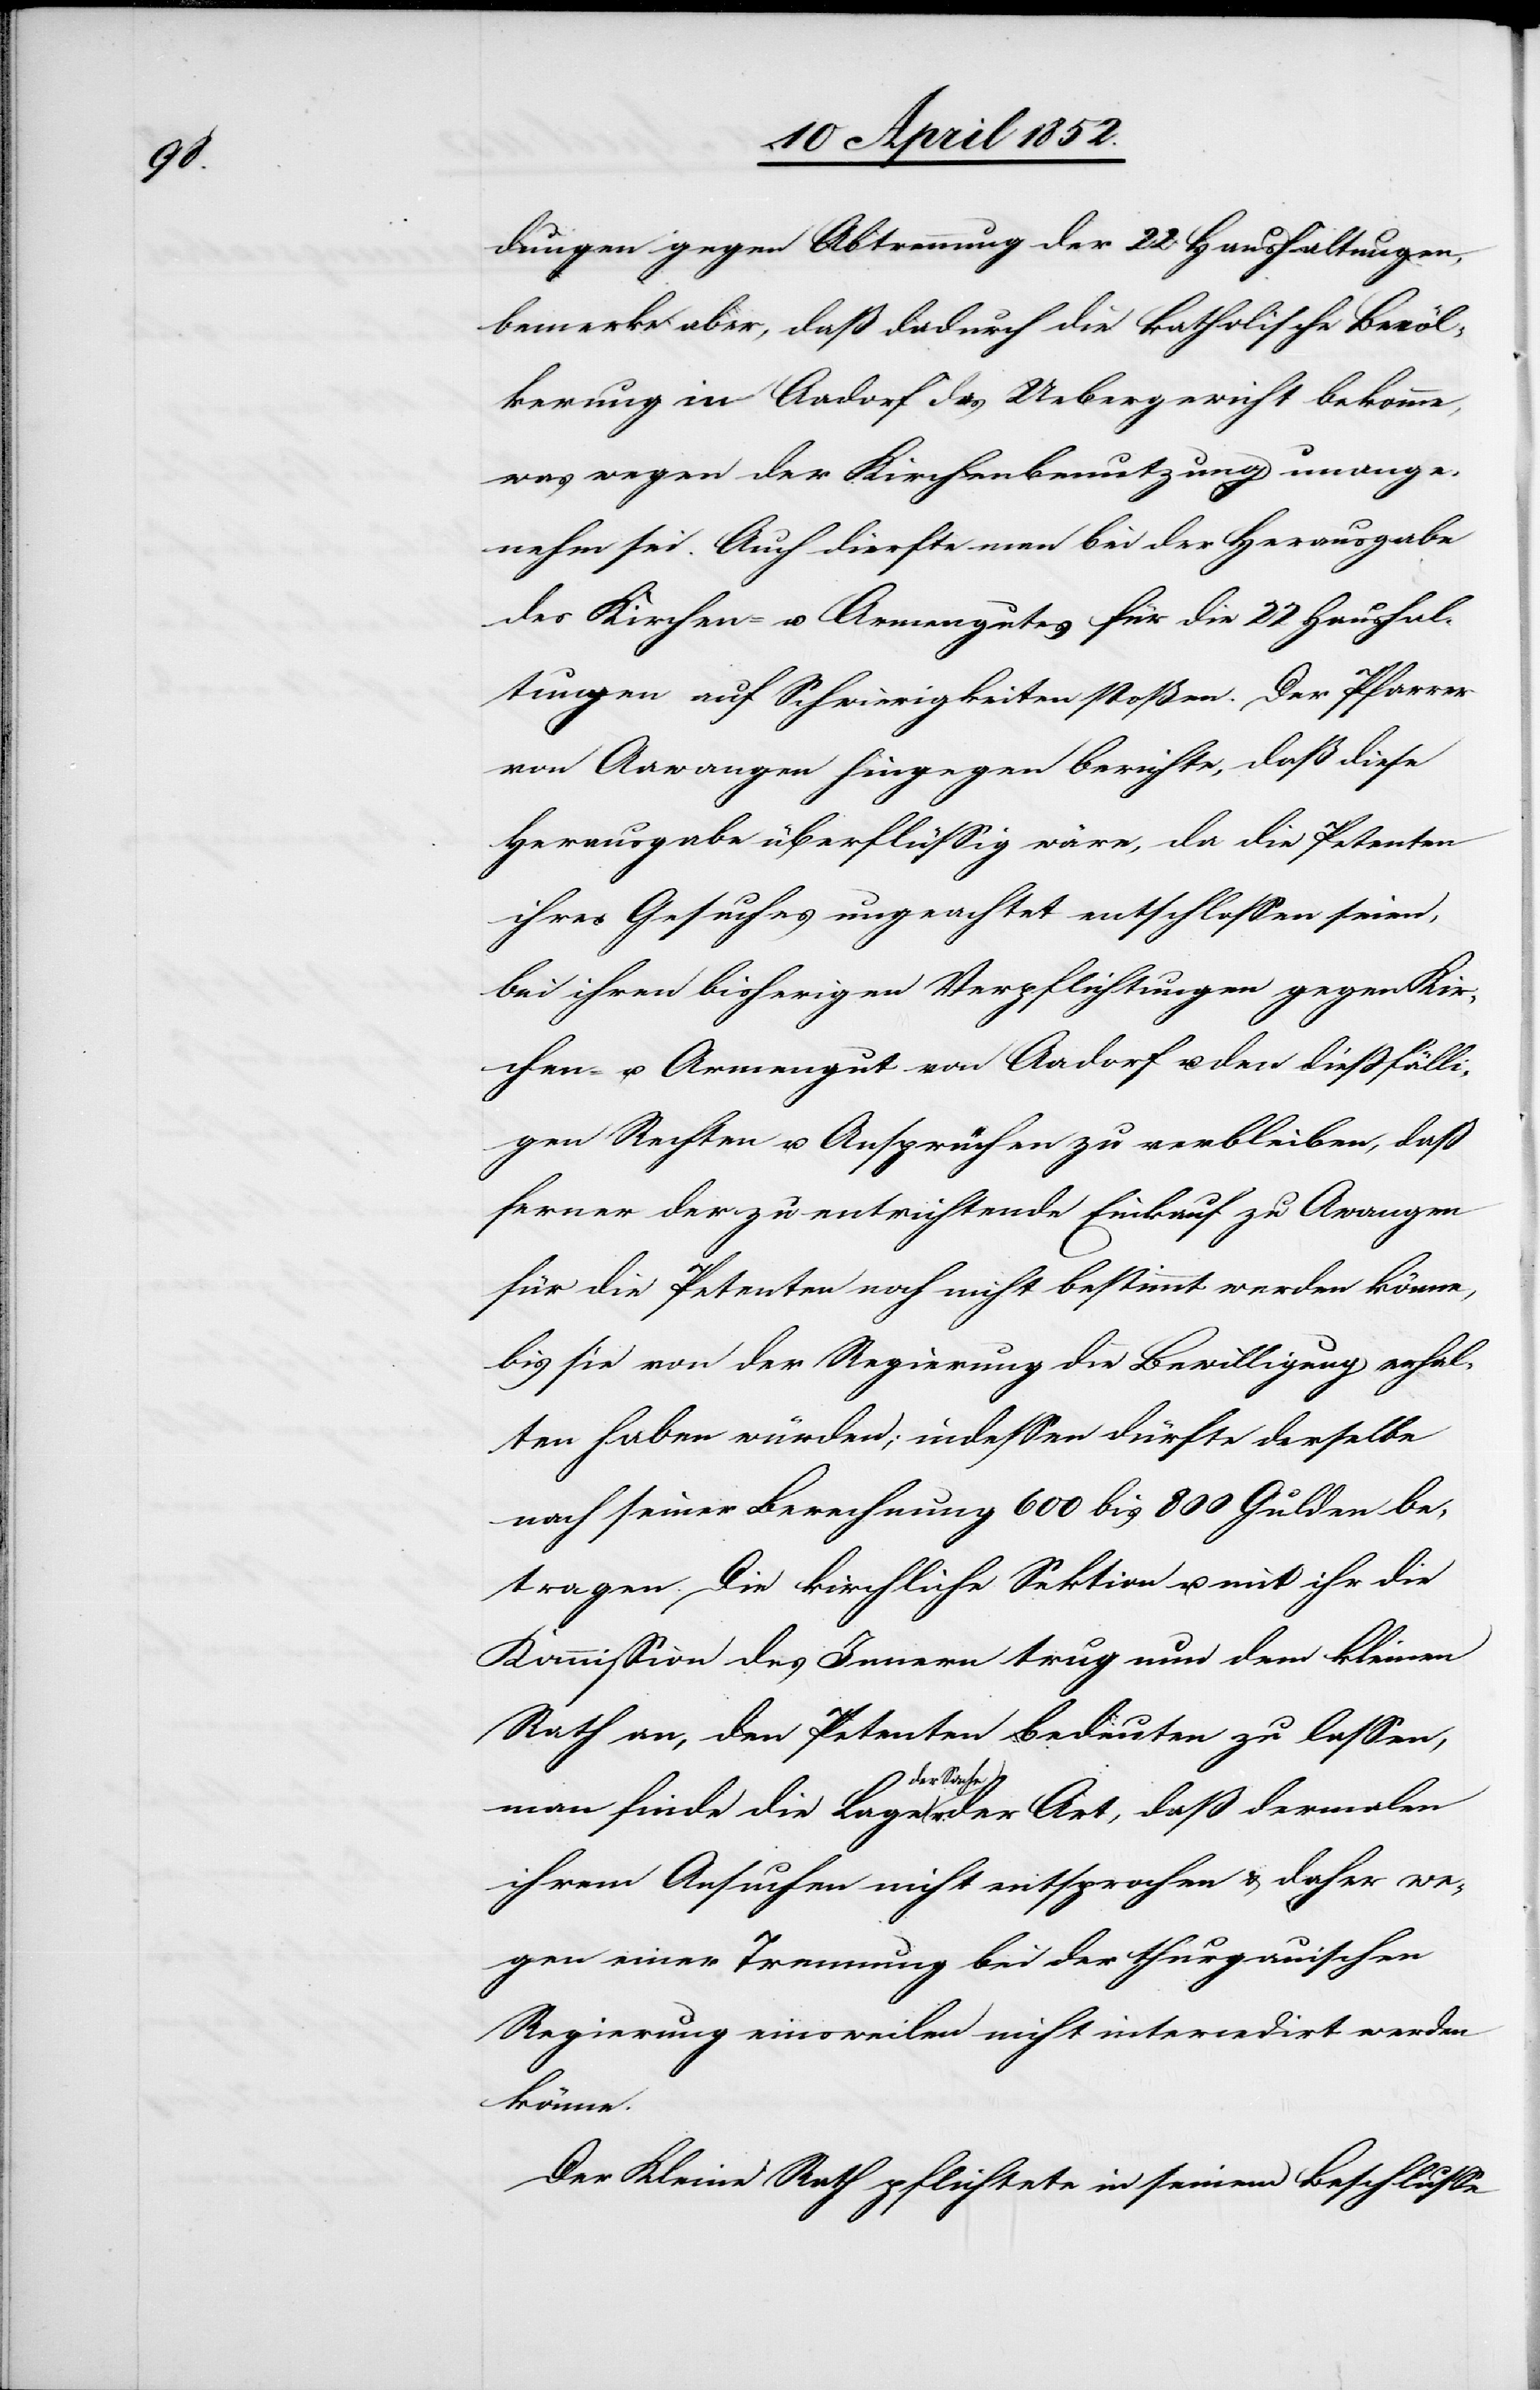
dungen gegen Abtrennung der 22 Haushaltungen,
bemerke aber, daß dadurch die katholische Bevöl¬
kerung in Aadorf das Uebergewicht bekomme,
was wegen der Kirchenbenutzung unange¬
nehm sei. Auch dürfte man bei der Herausgabe
des Kirchen- u. Armengutes für die 22 Haushal¬
tungen auf Schwierigkeiten stoßen. Der Pfarrer
von Aawangen hingegen berichte, daß diese
Herausgabe überflüssig wäre, da die Petenten
ihres Gesuches ungeachtet entschlossen seien,
bei ihren bisherigen Verpflichtungen gegen Kir¬
chen- u. Armengut von Aadorf u. den diessfälli¬
gen Rechten u. Ansprüchen zu verbleiben, daß
ferner der zu entrichtende Einkauf zu A[a]wangen
für die Petenten noch nicht bestimmt werden könne,
bis sie von der Regierung die Bewilligung erhal¬
ten haben würden; indessen dürfte derselbe
nach seiner Berechnung 600 bis 800 Gulden be¬
tragen. Die kirchliche Sektion u. mit ihr die
Kommission des Innern trug nun dem kleinen
Rath an, den Petenten bedeuten zu lassen,
man finde die Lage der Sache v. der Art, daß dermalen
ihrem Ansuchen nicht entsprochen & daher we¬
gen einer Trennung bei der thurgauischen
Regierung einsweilen nicht intercedirt werden
könne.
Der Kleine Rath pflichtete in seinem Beschlusse